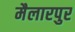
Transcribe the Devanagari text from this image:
मैलारपुर